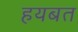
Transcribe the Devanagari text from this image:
हयबत